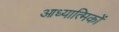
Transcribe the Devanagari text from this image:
आध्यात्मिकों